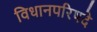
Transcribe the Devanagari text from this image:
विधानपरिषदे